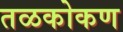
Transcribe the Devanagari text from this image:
तळकोकण